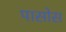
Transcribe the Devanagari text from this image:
पासोस